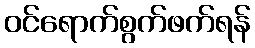
ဝင်ရောက်စွက်ဖက်ရန်